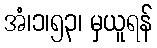
အံ၊၁၊၅၃၊ မှယူရန်